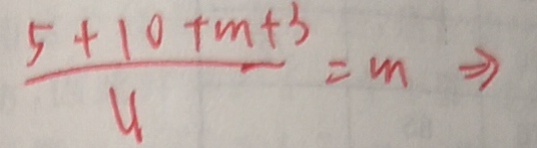
\frac { 5 + 1 0 + m + 3 } { y } = m \Rightarrow